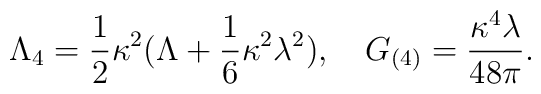
\Lambda_4 = \frac12 \kappa^2(\Lambda+\frac16 \kappa^2 \lambda  ^2),  \quad  G_{(4)}=\frac{\kappa^4 \lambda  }{48 \pi }.